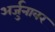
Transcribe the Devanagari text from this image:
अर्जुनावर